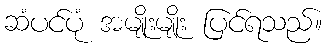
ဆံပင်ပုံ အမျိုးမျိုး ပြင်ရသည်။